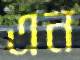
এন